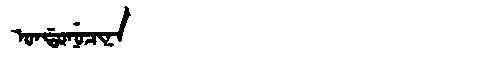
Manchu: ᠣᠨᡩᠣᠨᡠᠴᡳᠨᠠ
Romanization: ONDONUCINA